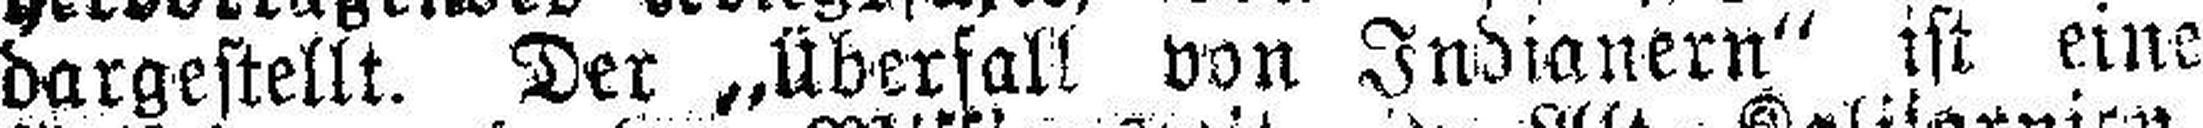
dargestellt. Der „Überfall von Indianern“ ist eine